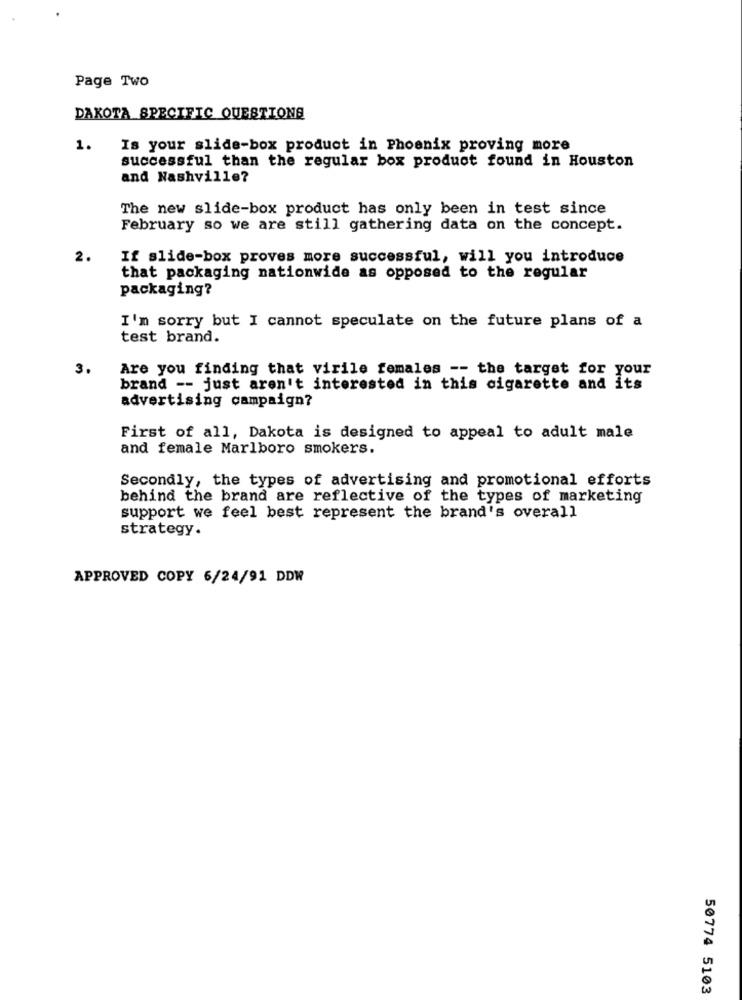
Page Two
DAKOTA SPECIFIC QUESTIONS
1.
Is your slide-box product in Phoenix proving more
successful than the regular box product found in Houston
and Nashville?
The new slide-box product has only been in test since
February so we are still gathering data on the concept.
2.
If slide-box proves more successful, will you introduce
that packaging nationwide as opposed to the regular
packaging?
I'm sorry but I cannot speculate on the future plans of a
test brand.
3.
Are you finding that virile females -- the target for your
brand -- just aren't interested in this cigarette and its
advertising campaign?
First of all, Dakota is designed to appeal to adult male
and female Marlboro smokers.
Secondly, the types of advertising and promotional efforts
behind the brand are reflective of the types of marketing
support we feel best represent the brand's overall
strategy.
APPROVED COPY 6/24/91 DDW
50774 5103